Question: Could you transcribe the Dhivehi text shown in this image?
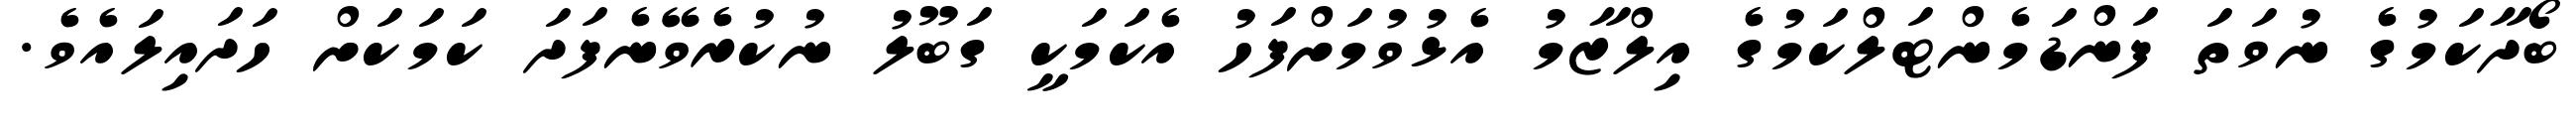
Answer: ބޯދާކަމުގެ ނުވަތަ ފަންޑަމެންޓަލްކަމުގެ އިލްޒާމު އެޅުވުމަށްފަހު އެކަމަކީ ގަބޫލު ނުކުރެވޭނެފަދަ ކަމަކަށް ހަދައިލައެވެ.